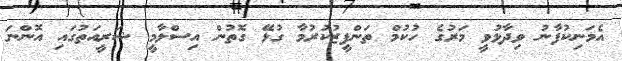
އެމަނިކުފާނު ވިދާޅުވީ މަރުގެ ހުކުމް ތަންފީޒުކުރުމާ ގުޅޭ ގޮތުން އިސްލާމީ ޝަރީއަތުގައި އޮންނަ